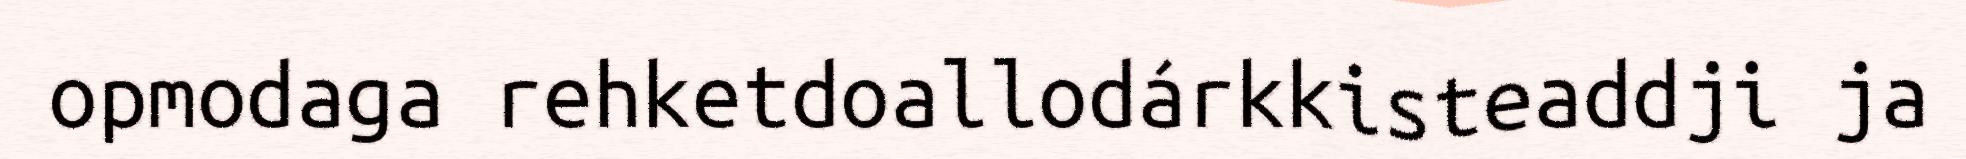
opmodaga rehketdoallodárkkisteaddji ja